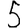
Digit: 5